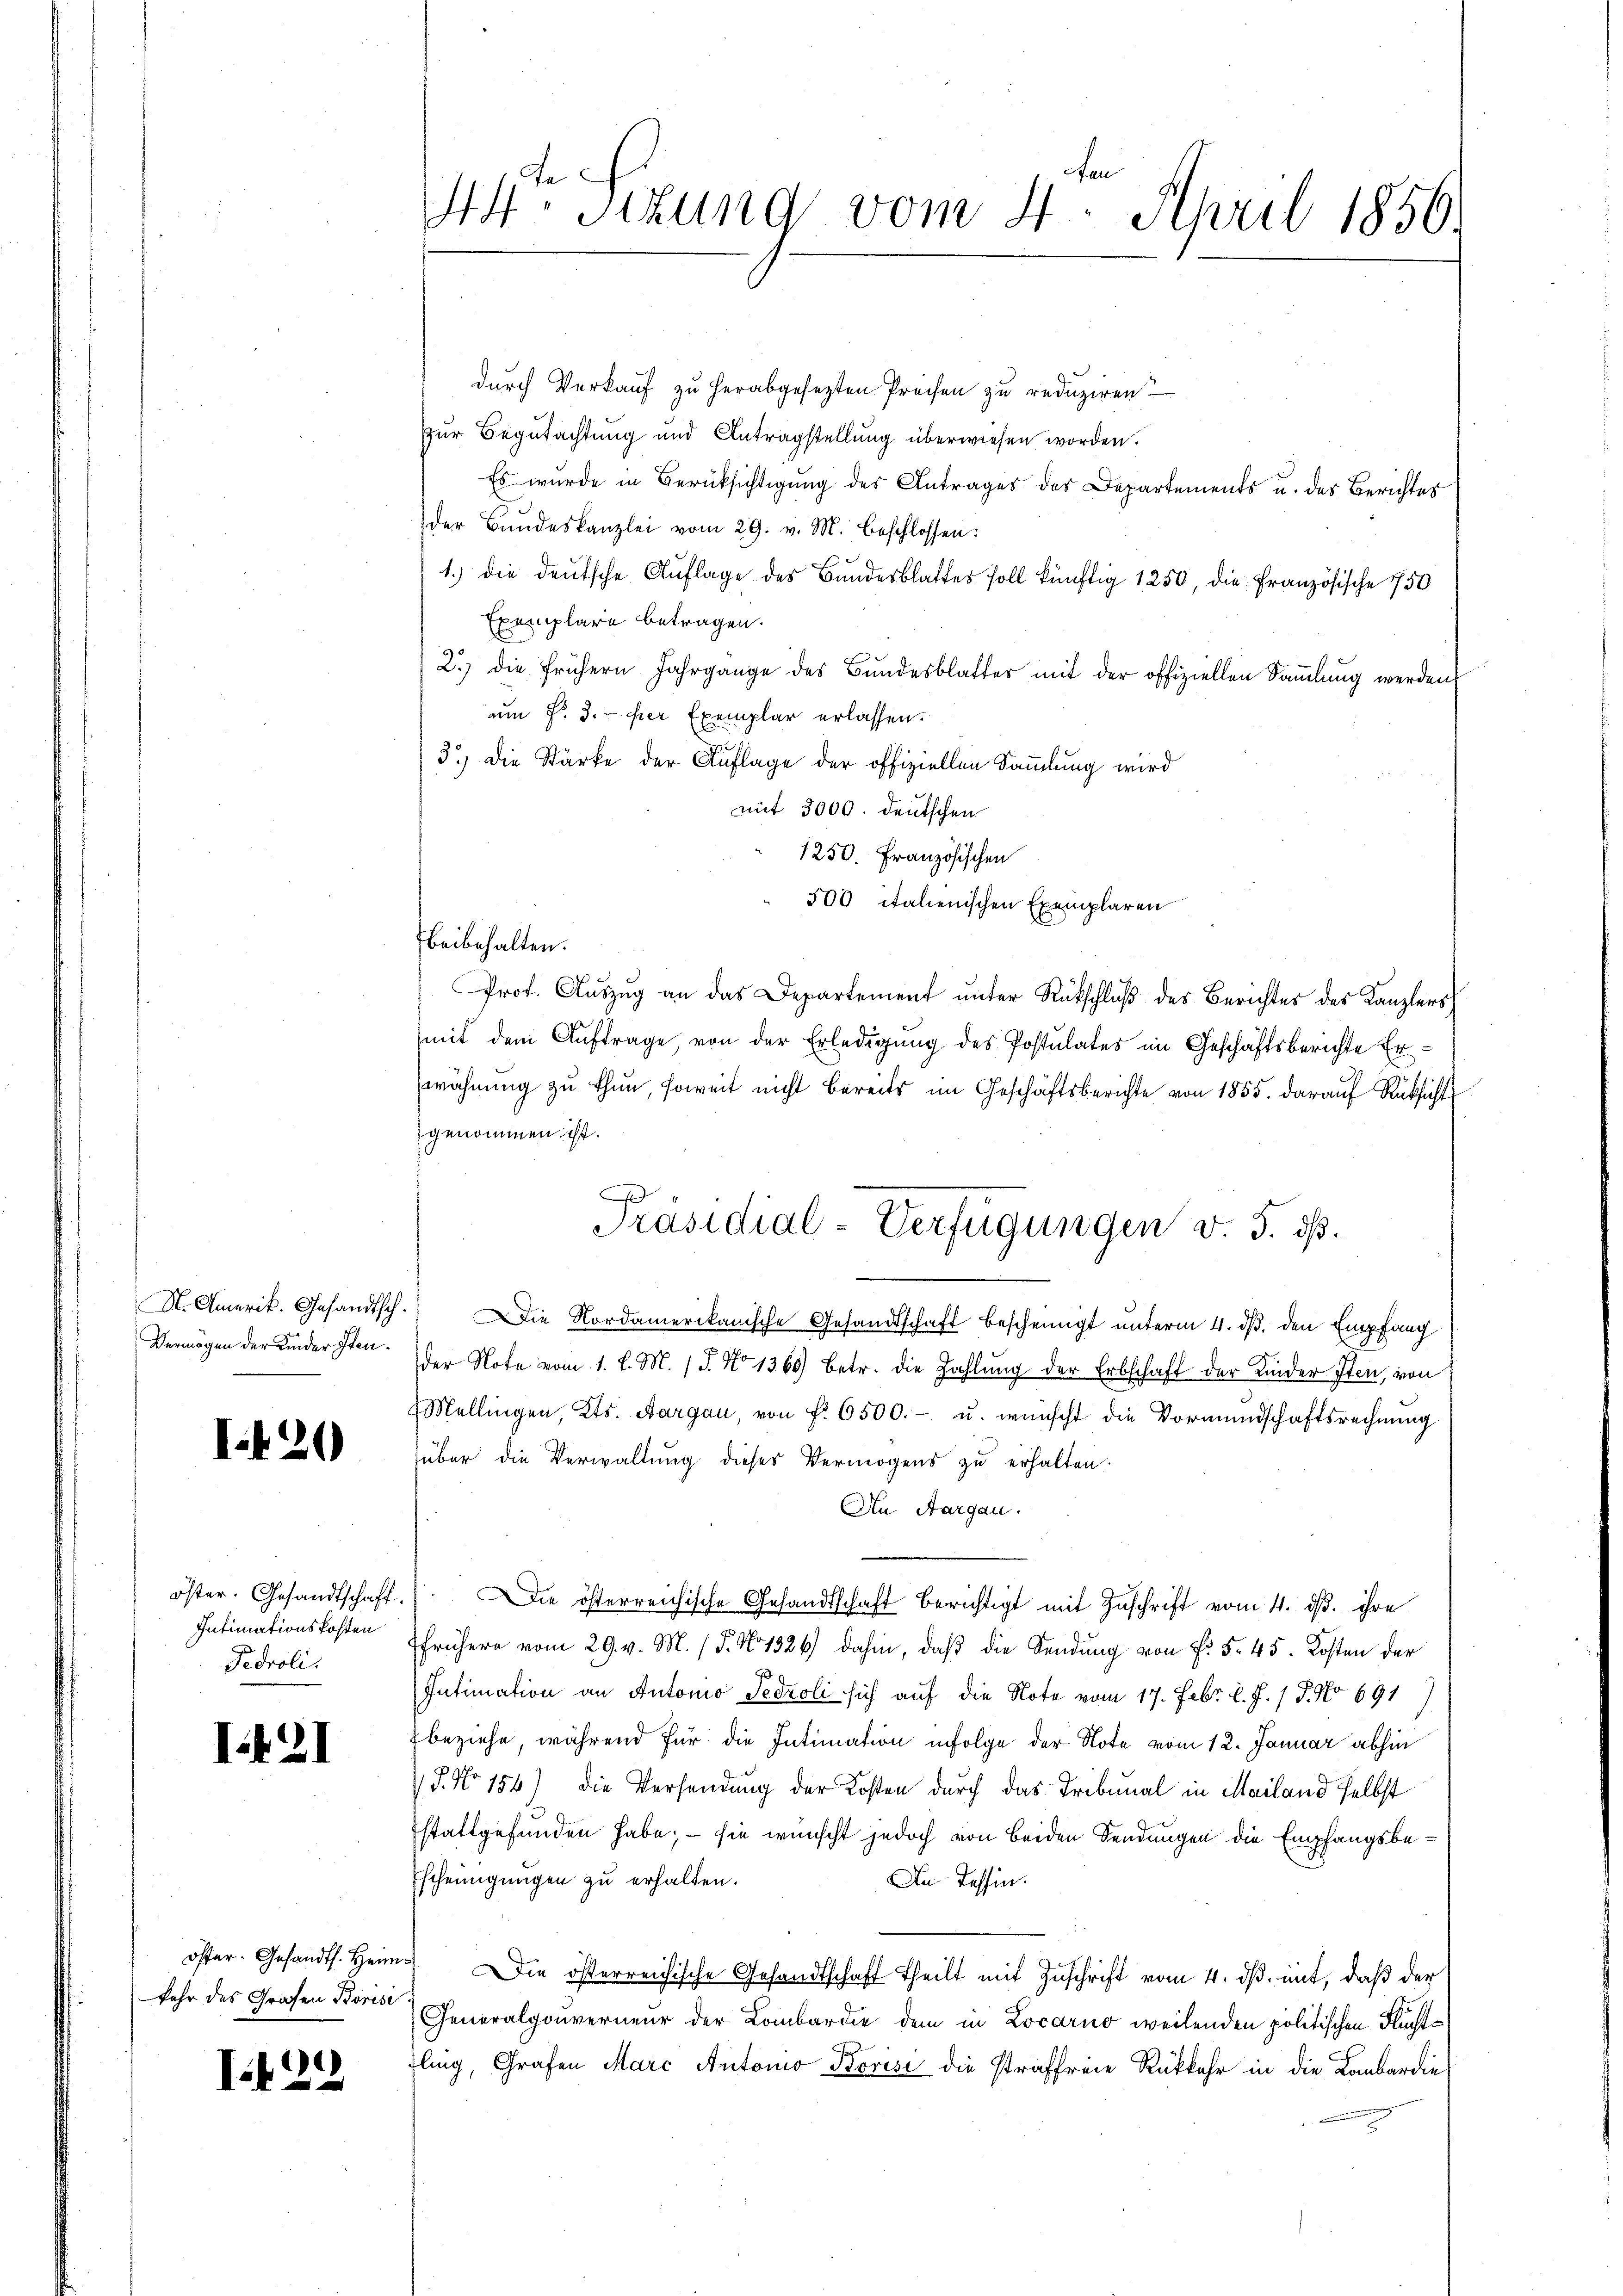
I.t 20

öster. Gesandtschaft.
Pedroli

I.421

kehr des Grafen Borisi

¬
I.42

durch Verkauf zu herabgesezten Preisen zu reduziren
Zur Begutachtung und Antragstellung überwiesen worden.
Es wurde in Berücksichtigung des Antrages des Departements u. des Berichtes
der Bundeskanzlei vom 29. v. M. beschlossen:
1.) die deutsche Auflage des Bundesblattes soll künftig 1250, die Französische 750
Exemplare betragen.
2.) die frühern Jahrgänge des Bundesblatter mit der offiziellen Sammlung werden,
um Fr. 3. per Exemplar erlassen.
3.) Die Stärke der Auflage der offiziellen Sammlung wird
mit 3000. deutschen
1250. Französischen
500 italienischen Exemplaren
beibehalten.
Prot. Aŭszŭg an das Departement ŭnter Rückschlŭβ des Berichtes des Kanzlers
mit dem Auftrage, von der Erledigung des Postulates im Geschäftsberichte Erwähnung zu thun, soweit nicht bereits im Geschäftsberichte von 1855. darauf Rüksicht
genommen ist.
S. Amerit. Gesandtsch. Die Nordamerikanische Gesandtschaft bescheinigt unterm 4. ds. den Empfang¬
Vermögen der Kindersten. Der Note vom 1. l. M. 15. No 1360) betr. die Zahlung der Erbschaft der Kinder Iten, von
Mellingen, Kts. Aargau, von f. 6500.- u. wünscht die Vormundschaftsrechnŭng
über die Verwaltung dieses Vermögens zu erhalten.
An Aargau.
Die österreichische Gesandtschaft berichtigt mit Zuschrift vom 4. ds. ihre
Intimationskosten frühere vom 29. v. M. / 5. No 1326) dahin, daß die Sendung von f. 545. Kosten der
Intimation an Automo Tedroli sich auf die Note vom 17. Febr. l. J. 17. No 691
beziehe, während für die Intimation infolge der Note vom 12. Januar abhin
S. No 156) die Versendung der Kosten durch das Tribunal in Mailand selbst
stattgefunden habe; – sie wünscht jedoch von beiden Sendungen die Empfangsbe¬
Escheinigungen zu erhalten.
An Tessin.
öster. Gesandts. Heim. Die österreichische Gesandtschaft Theilt mit Zuschrift vom 4. dβ. mit, daß der
Generalgouverneur der Lombardie dem in Locarno weilenden politischen Flüchtfling, Grafen Marc Automo Borisi die straffreie Rükkehr in die Lombardin¬

44 sizung vom 4. April 1856.

.
Präsidial-Verfügungen v. 3. ds.